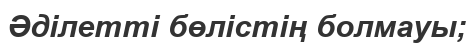
Әділетті бөлістің болмауы;